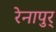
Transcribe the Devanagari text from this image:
रेनापुर्